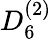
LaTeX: {D}_{6}^{(2)}